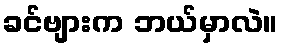
ခင်ဗျားက ဘယ်မှာလဲ။